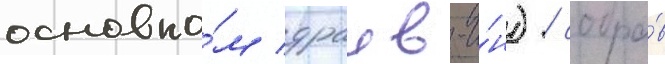
основно́м драив-и́н) / собра́в